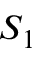
S _ { 1 }